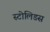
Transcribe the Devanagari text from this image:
स्टोलिडस